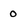
Character: 0